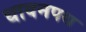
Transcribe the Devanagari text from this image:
धावनपथ